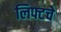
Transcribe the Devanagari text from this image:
लिफ्टचे